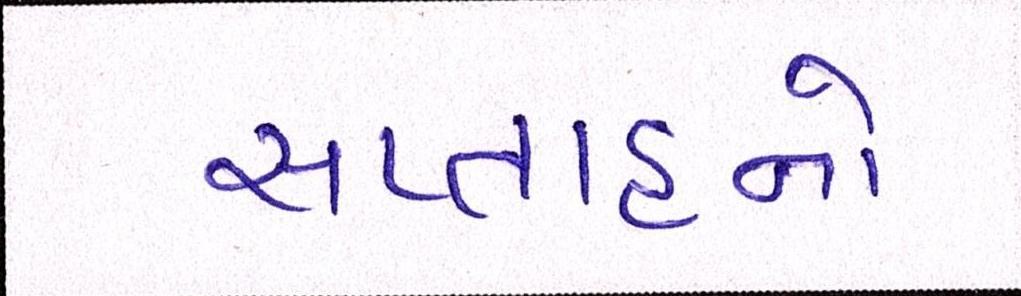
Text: સપ્તાહનો